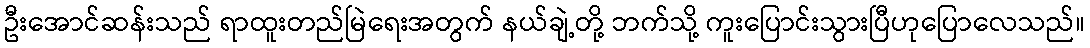
ဦးအောင်ဆန်းသည် ရာထူးတည်မြဲရေးအတွက် နယ်ချဲ့တို့ ဘက်သို့ ကူးပြောင်းသွားပြီဟုပြောလေသည်။